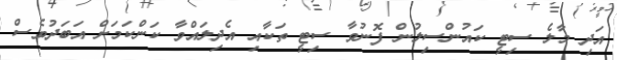
އަދި މާލެ ސިޓީ ކައުންސިލުން ފޮނުވާ ސިޓީ ތަކާއި އެދިލައްވާ ކަންކަމަށް އަބަދުވެސް